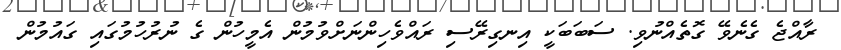
ރާއްޖެ ގެނެވޭ ގޮތެއްނުވި. ސަބަބަކީ އިނގިރޭސި ރައްވެހިންނަށްވުމުން އެމީހުން ގެ ނުރުހުމުގައި ގައުމުން